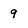
Character: 9